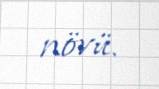
növü.